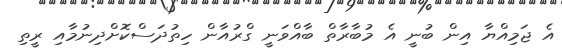
އެ ޖަމިއްޔާ އިން ބުނީ އެ މުބާރާތް ބާއްވަނީ ގްރުއާން ހިތުދަސްކޮށްދިނުމާއި ރީތި